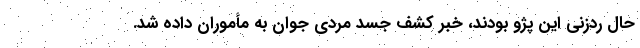
حال ردزنی این پژو بودند، خبر کشف جسد مردی جوان به مأموران داده شد.